Report of the veterinary officer investigating camel disease
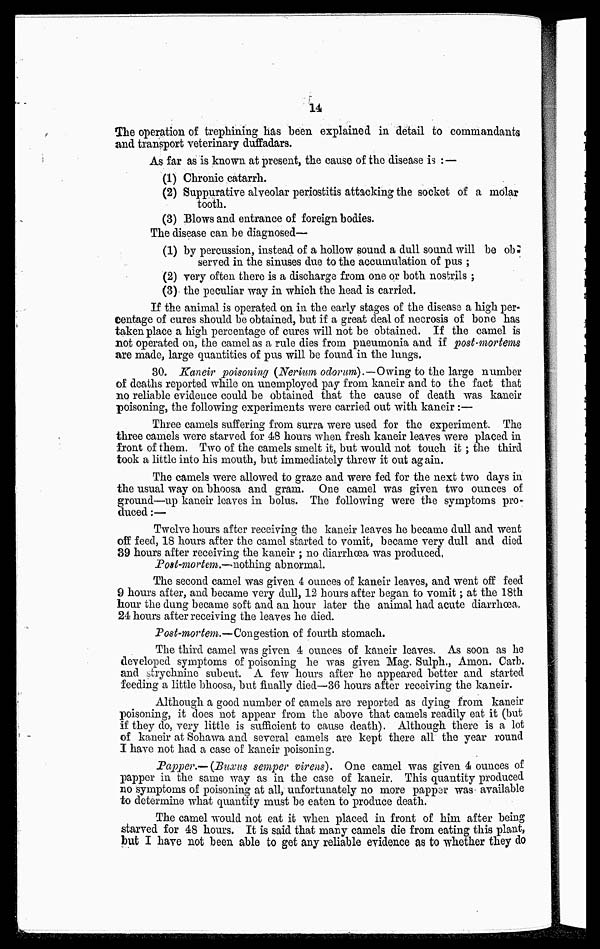
14
The operation of trephining has been explained in detail to commandants
and transport veterinary duffadars.
As far as is known at present, the cause of the disease is :—
(1) Chronic catarrh.
(2) Suppurative alveolar periostitis attacking the socket of a molar
tooth.
(3) Blows and entrance of foreign bodies.
The disease can be diagnosed—
(1) by percussion, instead of a hollow sound a dull sound will be ob
served in the sinuses due to the accumulation of pus ;
(2) very often there is a discharge from one or both nostrils ;
(3) the peculiar way in which the head is carried.
If the animal is operated on in the early stages of the disease a high per-
centage of cures should be obtained, but if a great deal of necrosis of bone has
taken place a high percentage of cures will not be obtained. If the camel is
not operated on, the camel as a rule dies from pneumonia and if post-mortems
are made, large quantities of pus will be found in the lungs.
30. Kaneir poisoning (Nermn odorum).—Owing to the large number
of deaths reported while on unemployed pay from kaneir and to the fact that
no reliable evidence could be obtained that the cause of death was kaneir
poisoning, the following experiments were carried out with kaneir :—
Three camels suffering from surra were used for the experiment. The
three camels were starved for 48 hours when fresh kaneir leaves were placed in
front of them. Two of the camels smelt it, but would not touch it; the third
took a little into his mouth, but immediately threw it out again.
The camels were allowed to graze and were fed for the next two days in
the usual way on bhoosa and gram. One camel was given two ounces of
ground—up kaneir leaves in bolus. The following were the symptoms pro-
duced :—
Twelve hours after receiving the kaneir leaves he became dull and went
off feed, 18 hours after the camel started to vomit, became very dull and died
39 hours after receiving the kaneir ; no diarrhoea was produced,
Post-mortem.—nothing abnormal.
The second camel was given 4 ounces of kaneir leaves, and went off feed
9 hours after, and became very dull, 12 hours after began to vomit; at the 18th
hour the dung became soft and an hour later the animal had acute diarrhoea,
24 hours after receiving the leaves he died.
Post-mortem.—Congestion of fourth stomach.
The third camel was given 4 ounces of kaneir leaves. As soon as he
developed symptoms of poisoning he was given Mag. Sulph., Anion. Carb.
and strychnine sub cut. A few hours after he appeared better and started
feeding a little bhoosa, but finally died—36 hours after receiving the kaneir.
Although a good number of camels are reported as dying from kaneir
poisoning, it does not appear from the above that camels readily eat it (but
if they do, very little is sufficient to cause death). Although there is a lot
of kaneir at Sohawa and several camels are kept there all the year round
I have not had a case of kaneir poisoning.
Paper.—(Buxus semper virens). One camel was given 4 ounces of
papper in the same way as in the case of kaneir. This quantity produced
no symptoms of poisoning at all, unfortunately no more papper was available
to determine what quantity must be eaten to produce death.
The camel would not eat it when placed in front of him after being
starved for 48 hours. It is said that many camels die from eating this plant,
but I have not been able to get any reliable evidence as to whether they do